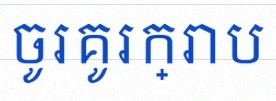
ចូរគូរក្រាប